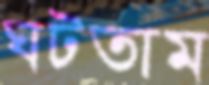
ঘটতাম